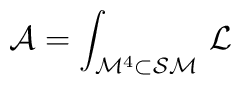
{\cal A} = \int_{{\cal M}^{4} \subset {\cal SM}} \, {\cal L}